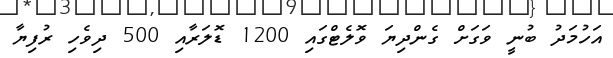
އަހުމަދު ބުނީ ވަގަށް ގެންދިޔަ ވޮލެޓްގައި 1200 ޑޮލަރާއި 500 ދިވެހި ރުފިޔާ